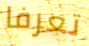
تعرفا